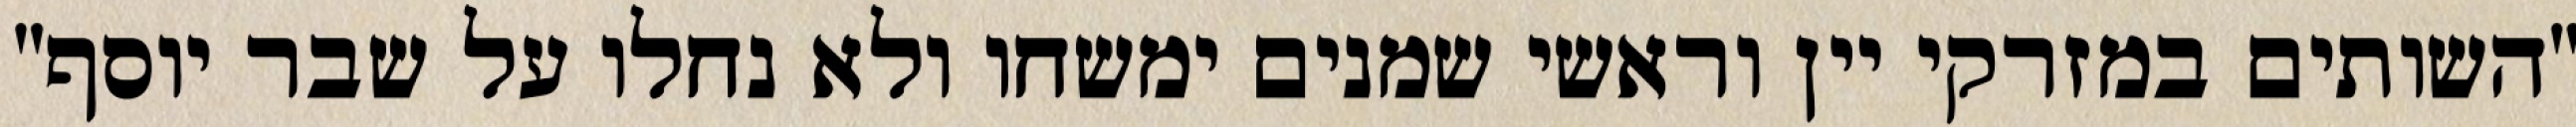
"השותים במזרקי יין וראשי‏ שמנים ימשחו ולא נחלו על שבר יוסף"